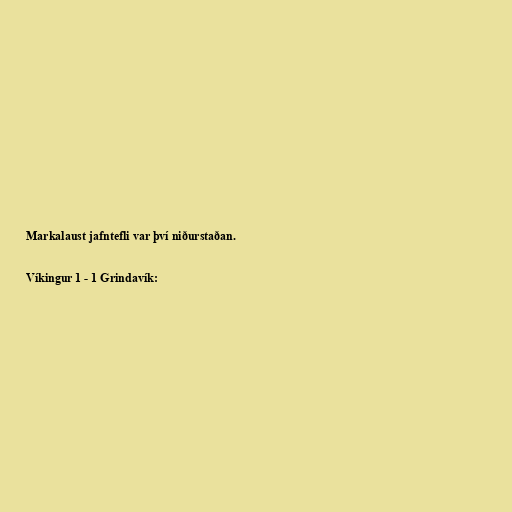
Markalaust jafntefli var því niðurstaðan.

Víkingur 1 - 1 Grindavík: